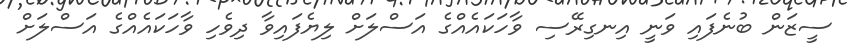
ސީޒަން ބުނެފައި ވަނީ އިނގިރޭސި ވާހަކައެއްގެ އަސްލަށް ލިޔެފައިވާ ދިވެހި ވާހަކައެއްގެ އަސްލަށް